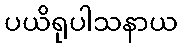
ပယိရုပါသနာယ